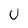
Character: U